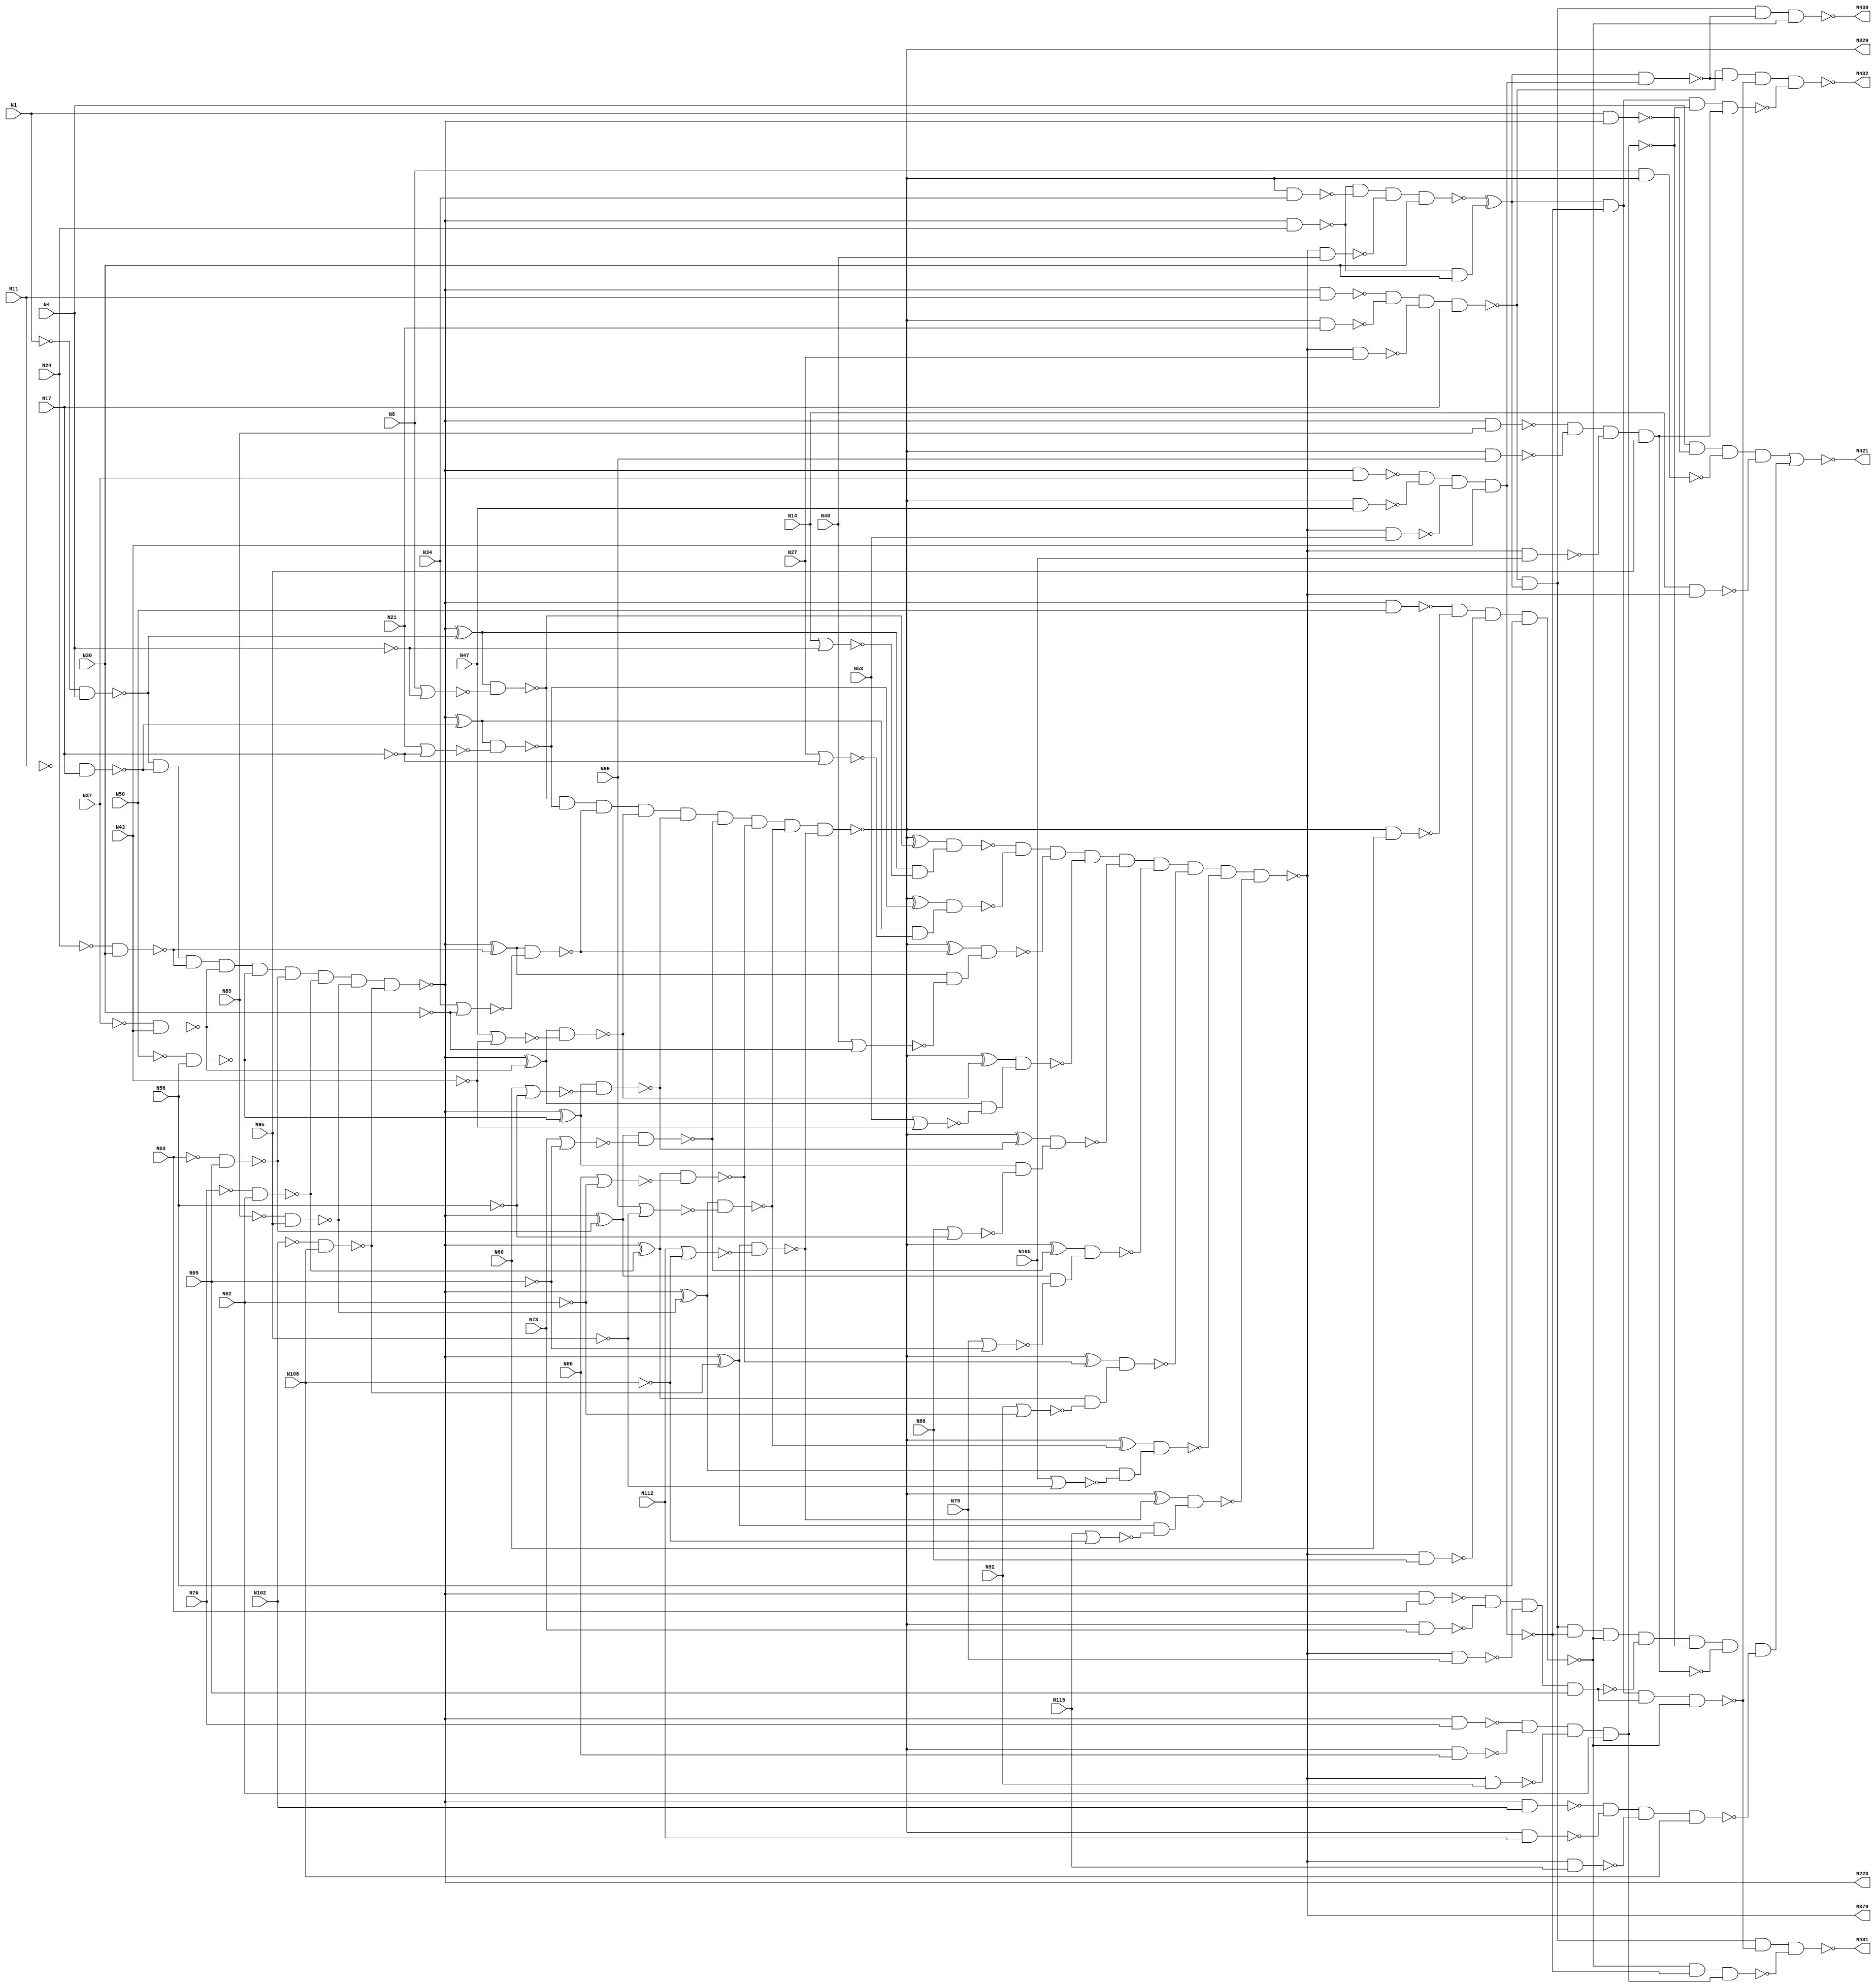
// Verilog
// c432
// Ninputs 36
// Noutputs 7
// NtotalGates 160
// NOT1 40
// NAND2 64
// NOR2 19
// AND9 3
// XOR2 18
// NAND4 14
// AND8 1
// NAND3 1

module c432 (N1,N4,N8,N11,N14,N17,N21,N24,N27,N30,
             N34,N37,N40,N43,N47,N50,N53,N56,N60,N63,
             N66,N69,N73,N76,N79,N82,N86,N89,N92,N95,
             N99,N102,N105,N108,N112,N115,N223,N329,N370,N421,
             N430,N431,N432);

input N1,N4,N8,N11,N14,N17,N21,N24,N27,N30,
      N34,N37,N40,N43,N47,N50,N53,N56,N60,N63,
      N66,N69,N73,N76,N79,N82,N86,N89,N92,N95,
      N99,N102,N105,N108,N112,N115;

output N223,N329,N370,N421,N430,N431,N432;

wire N118,N119,N122,N123,N126,N127,N130,N131,N134,N135,
     N138,N139,N142,N143,N146,N147,N150,N151,N154,N157,
     N158,N159,N162,N165,N168,N171,N174,N177,N180,N183,
     N184,N185,N186,N187,N188,N189,N190,N191,N192,N193,
     N194,N195,N196,N197,N198,N199,N203,N213,N224,N227,
     N230,N233,N236,N239,N242,N243,N246,N247,N250,N251,
     N254,N255,N256,N257,N258,N259,N260,N263,N264,N267,
     N270,N273,N276,N279,N282,N285,N288,N289,N290,N291,
     N292,N293,N294,N295,N296,N300,N301,N302,N303,N304,
     N305,N306,N307,N308,N309,N319,N330,N331,N332,N333,
     N334,N335,N336,N337,N338,N339,N340,N341,N342,N343,
     N344,N345,N346,N347,N348,N349,N350,N351,N352,N353,
     N354,N355,N356,N357,N360,N371,N372,N373,N374,N375,
     N376,N377,N378,N379,N380,N381,N386,N393,N399,N404,
     N407,N411,N414,N415,N416,N417,N418,N419,N420,N422,
     N425,N428,N429,N500,N501;

not NOT1_1 (N118, N1);
not NOT1_2 (N119, N4);
not NOT1_3 (N122, N11);
not NOT1_4 (N123, N17);
not NOT1_5 (N126, N24);
not NOT1_6 (N127, N30);
not NOT1_7 (N130, N37);
not NOT1_8 (N131, N43);
not NOT1_9 (N134, N50);
not NOT1_10 (N135, N56);
not NOT1_11 (N138, N63);
not NOT1_12 (N139, N69);
not NOT1_13 (N142, N76);
not NOT1_14 (N143, N82);
not NOT1_15 (N146, N89);
not NOT1_16 (N147, N95);
not NOT1_17 (N150, N102);
not NOT1_18 (N151, N108);
nand NAND2_19 (N154, N118, N4);
nor NOR2_20 (N157, N8, N119);
nor NOR2_21 (N158, N14, N119);
nand NAND2_22 (N159, N122, N17);
nand NAND2_23 (N162, N126, N30);
nand NAND2_24 (N165, N130, N43);
nand NAND2_25 (N168, N134, N56);
nand NAND2_26 (N171, N138, N69);
nand NAND2_27 (N174, N142, N82);
nand NAND2_28 (N177, N146, N95);
nand NAND2_29 (N180, N150, N108);
nor NOR2_30 (N183, N21, N123);
nor NOR2_31 (N184, N27, N123);
nor NOR2_32 (N185, N34, N127);
nor NOR2_33 (N186, N40, N127);
nor NOR2_34 (N187, N47, N131);
nor NOR2_35 (N188, N53, N131);
nor NOR2_36 (N189, N60, N135);
nor NOR2_37 (N190, N66, N135);
nor NOR2_38 (N191, N73, N139);
nor NOR2_39 (N192, N79, N139);
nor NOR2_40 (N193, N86, N143);
nor NOR2_41 (N194, N92, N143);
nor NOR2_42 (N195, N99, N147);
nor NOR2_43 (N196, N105, N147);
nor NOR2_44 (N197, N112, N151);
nor NOR2_45 (N198, N115, N151);
and AND9_46 (N199, N154, N159, N162, N165, N168, N171, N174, N177, N180);
not NOT1_47 (N203, N199);
not NOT1_48 (N213, N199);
not NOT1_49 (N223, N199);
xor XOR2_50 (N224, N203, N154);
xor XOR2_51 (N227, N203, N159);
xor XOR2_52 (N230, N203, N162);
xor XOR2_53 (N233, N203, N165);
xor XOR2_54 (N236, N203, N168);
xor XOR2_55 (N239, N203, N171);
nand NAND2_56 (N242, N1, N213);
xor XOR2_57 (N243, N203, N174);
nand NAND2_58 (N246, N213, N11);
xor XOR2_59 (N247, N203, N177);
nand NAND2_60 (N250, N213, N24);
xor XOR2_61 (N251, N203, N180);
nand NAND2_62 (N254, N213, N37);
nand NAND2_63 (N255, N213, N50);
nand NAND2_64 (N256, N213, N63);
nand NAND2_65 (N257, N213, N76);
nand NAND2_66 (N258, N213, N89);
nand NAND2_67 (N259, N213, N102);
nand NAND2_68 (N260, N224, N157);
nand NAND2_69 (N263, N224, N158);
nand NAND2_70 (N264, N227, N183);
nand NAND2_71 (N267, N230, N185);
nand NAND2_72 (N270, N233, N187);
nand NAND2_73 (N273, N236, N189);
nand NAND2_74 (N276, N239, N191);
nand NAND2_75 (N279, N243, N193);
nand NAND2_76 (N282, N247, N195);
nand NAND2_77 (N285, N251, N197);
nand NAND2_78 (N288, N227, N184);
nand NAND2_79 (N289, N230, N186);
nand NAND2_80 (N290, N233, N188);
nand NAND2_81 (N291, N236, N190);
nand NAND2_82 (N292, N239, N192);
nand NAND2_83 (N293, N243, N194);
nand NAND2_84 (N294, N247, N196);
nand NAND2_85 (N295, N251, N198);
and AND9_86 (N296, N260, N264, N267, N270, N273, N276, N279, N282, N285);
not NOT1_87 (N300, N263);
not NOT1_88 (N301, N288);
not NOT1_89 (N302, N289);
not NOT1_90 (N303, N290);
not NOT1_91 (N304, N291);
not NOT1_92 (N305, N292);
not NOT1_93 (N306, N293);
not NOT1_94 (N307, N294);
not NOT1_95 (N308, N295);
not NOT1_96 (N309, N296);
not NOT1_97 (N319, N296);
not NOT1_98 (N329, N296);
xor XOR2_99 (N330, N309, N260);
xor XOR2_100 (N331, N309, N264);
xor XOR2_101 (N332, N309, N267);
xor XOR2_102 (N333, N309, N270);
nand NAND2_103 (N334, N8, N319);
xor XOR2_104 (N335, N309, N273);
nand NAND2_105 (N336, N319, N21);
xor XOR2_106 (N337, N309, N276);
nand NAND2_107 (N338, N319, N34);
xor XOR2_108 (N339, N309, N279);
nand NAND2_109 (N340, N319, N47);
xor XOR2_110 (N341, N309, N282);
nand NAND2_111 (N342, N319, N60);
xor XOR2_112 (N343, N309, N285);
nand NAND2_113 (N344, N319, N73);
nand NAND2_114 (N345, N319, N86);
nand NAND2_115 (N346, N319, N99);
nand NAND2_116 (N347, N319, N112);
nand NAND2_117 (N348, N330, N300);
nand NAND2_118 (N349, N331, N301);
nand NAND2_119 (N350, N332, N302);
nand NAND2_120 (N351, N333, N303);
nand NAND2_121 (N352, N335, N304);
nand NAND2_122 (N353, N337, N305);
nand NAND2_123 (N354, N339, N306);
nand NAND2_124 (N355, N341, N307);
nand NAND2_125 (N356, N343, N308);
and AND9_126 (N357, N348, N349, N350, N351, N352, N353, N354, N355, N356);
not NOT1_127 (N360, N357);
not NOT1_128 (N370, N357);
nand NAND2_129 (N371, N14, N360);
nand NAND2_130 (N372, N360, N27);
nand NAND2_131 (N373, N360, N40);
nand NAND2_132 (N374, N360, N53);
nand NAND2_133 (N375, N360, N66);
nand NAND2_134 (N376, N360, N79);
nand NAND2_135 (N377, N360, N92);
nand NAND2_136 (N378, N360, N105);
nand NAND2_137 (N379, N360, N115);
nand NAND4_138 (N380, N4, N242, N334, N371);
nand NAND4_139 (N381, N246, N336, N372, N17);
nand NAND4_140 (N386, N250, N338, N373, N30);
and AND2_1 (N500, N250, N30);
xor XOR2_1 (N501, N386, N500);
nand NAND4_141 (N393, N254, N340, N374, N43);
nand NAND4_142 (N399, N255, N342, N375, N56);
nand NAND4_143 (N404, N256, N344, N376, N69);
nand NAND4_144 (N407, N257, N345, N377, N82);
nand NAND4_145 (N411, N258, N346, N378, N95);
nand NAND4_146 (N414, N259, N347, N379, N108);
not NOT1_147 (N415, N380);
and AND8_148 (N416, N381, N501, N393, N399, N404, N407, N411, N414);
not NOT1_149 (N417, N393);
not NOT1_150 (N418, N404);
not NOT1_151 (N419, N407);
not NOT1_152 (N420, N411);
nor NOR2_153 (N421, N415, N416);
nand NAND2_154 (N422, N501, N417);
nand NAND4_155 (N425, N501, N393, N418, N399);
nand NAND3_156 (N428, N399, N393, N419);
nand NAND4_157 (N429, N501, N393, N407, N420);
nand NAND4_158 (N430, N381, N501, N422, N399);
nand NAND4_159 (N431, N381, N501, N425, N428);
nand NAND4_160 (N432, N381, N422, N425, N429);

endmodule